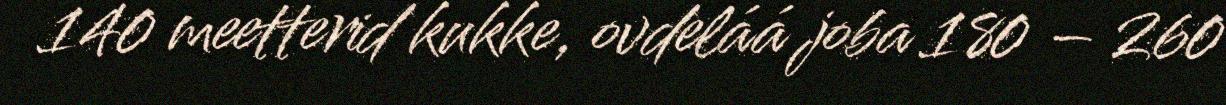
140 meetterid kukke, ovdeláá joba 180 – 260